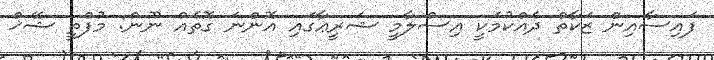
ފައިސާއިން ޒަކާތް ދެއްކުމަކީ އިސްލާމީ ޝަރީޢާގައި އޮންނަ ގޮތެއް ނޫން: މުފްތީ ޝޭޚް